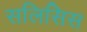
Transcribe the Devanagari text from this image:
सलिसिस